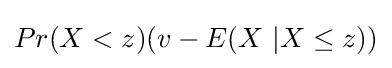
Pr(X<z)(v-E(X~|X\leq z))